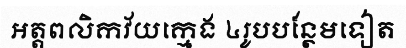
អត្តពលិកវ័យក្មេង ៤រូបបន្ថែមទៀត